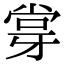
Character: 牚